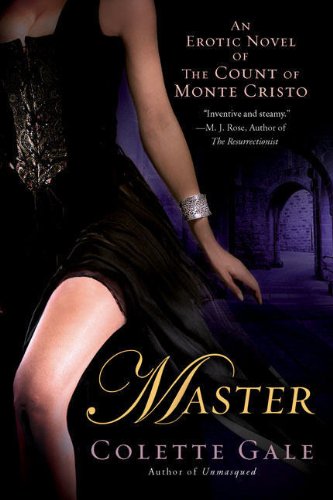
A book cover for Master: An Erotic Novel of the Count of Monte Cristo; Colette Gale; Romance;